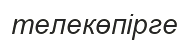
телекөпірге